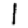
Digit: 1